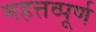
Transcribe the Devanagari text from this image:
महत्तव्पूर्ण